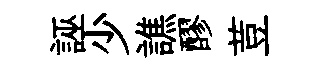
誣少譙醪荳